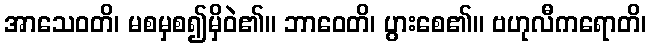
အာသေဝတိ၊ မစမှစ၍မှိဝဲ၏။ ဘာဝေတိ၊ ပွားစေ၏။ ဗဟုလီကရောတိ၊